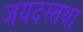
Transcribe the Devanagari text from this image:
जयदस्तथा